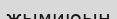
жымиюын